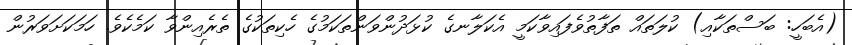
(އެބަހީ: ބަސްތަކާއި) ކުލަތައް ތަފާތުވެފައިވާކަމީ އެކަލާނގެ ކުޅަދުންވަންތަކަމުގެ ހެކިތަކުގެ ތެރެއިންވާ ކަމެކެވެ. ހަމަކަށަވަރުން